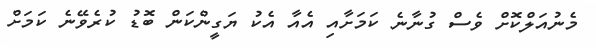
މެނުއަލްކޮށް ވެސް ގުނާނެ ކަމަށާއި އެއާ އެކު ޔަގީންކަން ބޮޑު ކުރެވޭނެ ކަމަށް